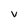
Character: v